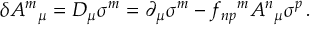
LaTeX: \delta A ^ { m } { } _ { \mu } = { \cal D } _ { \mu } \sigma ^ { m } = \partial _ { \mu } \sigma ^ { m } - f _ { n p } { } ^ { m } A ^ { n } { } _ { \mu } \sigma ^ { p } \, .